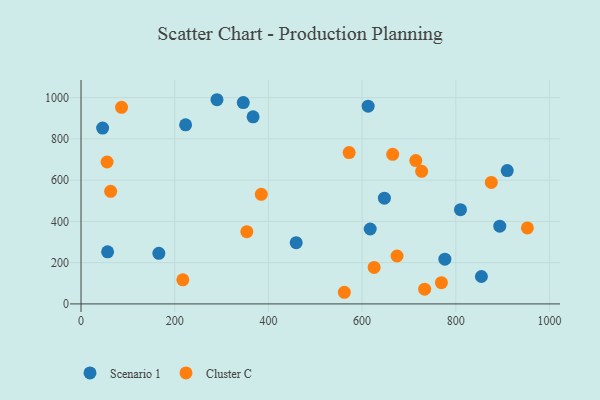
{"axis": {"x": "Experience", "y": "Salary"}, "legend": ["Cluster C", "Scenario 1"], "data": [{"x": "290.2", "y": 989.9, "type": "Scenario 1"}, {"x": "223.2", "y": 868.4, "type": "Scenario 1"}, {"x": "776.7", "y": 216.8, "type": "Scenario 1"}, {"x": "459.3", "y": 296.8, "type": "Scenario 1"}, {"x": "810.0", "y": 456.7, "type": "Scenario 1"}, {"x": "367.3", "y": 907.1, "type": "Scenario 1"}, {"x": "893.9", "y": 377.1, "type": "Scenario 1"}, {"x": "46.1", "y": 852.5, "type": "Scenario 1"}, {"x": "166.1", "y": 245.4, "type": "Scenario 1"}, {"x": "56.7", "y": 252.3, "type": "Scenario 1"}, {"x": "346.4", "y": 976.0, "type": "Scenario 1"}, {"x": "909.8", "y": 646.5, "type": "Scenario 1"}, {"x": "612.9", "y": 958.4, "type": "Scenario 1"}, {"x": "617.3", "y": 363.2, "type": "Scenario 1"}, {"x": "647.6", "y": 512.4, "type": "Scenario 1"}, {"x": "854.7", "y": 132.8, "type": "Scenario 1"}, {"x": "727.1", "y": 642.7, "type": "Cluster C"}, {"x": "665.3", "y": 725.1, "type": "Cluster C"}, {"x": "952.8", "y": 368.2, "type": "Cluster C"}, {"x": "733.5", "y": 71.6, "type": "Cluster C"}, {"x": "55.6", "y": 688.0, "type": "Cluster C"}, {"x": "674.6", "y": 232.3, "type": "Cluster C"}, {"x": "63.2", "y": 545.8, "type": "Cluster C"}, {"x": "875.8", "y": 588.9, "type": "Cluster C"}, {"x": "353.9", "y": 350.0, "type": "Cluster C"}, {"x": "217.3", "y": 117.0, "type": "Cluster C"}, {"x": "572.3", "y": 733.9, "type": "Cluster C"}, {"x": "562.1", "y": 56.4, "type": "Cluster C"}, {"x": "714.6", "y": 695.0, "type": "Cluster C"}, {"x": "625.7", "y": 177.1, "type": "Cluster C"}, {"x": "384.8", "y": 531.5, "type": "Cluster C"}, {"x": "769.3", "y": 102.7, "type": "Cluster C"}, {"x": "86.5", "y": 953.1, "type": "Cluster C"}]}